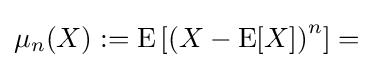
{\textstyle \mu _{n}(X):=\operatorname {E} \left[{\left(X-\operatorname {E} [X]\right)}^{n}\right]={}}